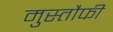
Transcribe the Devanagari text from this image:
मुस्तौफी